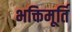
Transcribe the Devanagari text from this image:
भक्तिमूर्ति